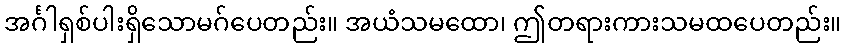
အင်္ဂါရှစ်ပါးရှိသောမဂ်ပေတည်း။ အယံသမထော၊ ဤတရားကားသမထပေတည်း။